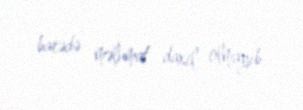
barədə məlumat daxil olmayıb.